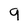
Character: 9